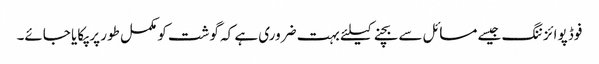
فوڈ پوائزننگ جیسے مسائل سے بچنے کیلئے بہت ضروری ہے کہ گوشت کو مکمل طور پر پکایا جائے۔